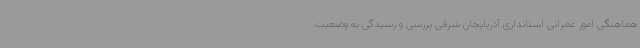
هماهنگی امور عمرانی استانداری آذربایجان شرقی بررسی و رسیدگی به وضعیت